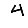
Digit: 4